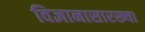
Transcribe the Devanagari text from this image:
विज्ञानासारख्या